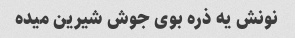
نونش یه ذره بوی جوش شیرین میده